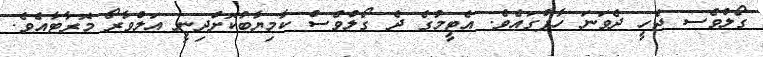
ގޯލްވެސ ޖެހީ ދެވަނަ ހާފްގައެވެ. އެޓީމުގެ ދެ ގޯލްވެސް ކާމިޔާބުކޮށްދިނީ އަލްވާރޯ މޮރާޓާއެވެ.